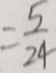
= \frac { 5 } { 2 4 }